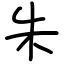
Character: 朱